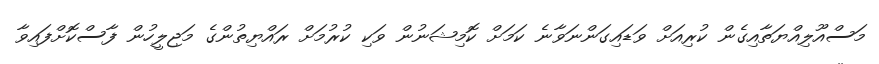
މަސްއޫލިއްޔަތާއިގެން ކުރިއަށް ވަޑައިގަންނަވާނެ ކަމަށް ކޮމިޝަނުން ވަކި ކުރުމަށް ރައްޔިތުންގެ މަޖިލީހުން ފާސްކޮށްފައިވާ